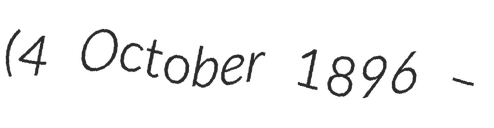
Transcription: (4 October 1896 –